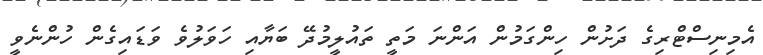
އެމިނިސްޓްރިގެ ދަށުން ހިންގަމުން އަންނަ މަތީ ތައުލީމުދޭ ބަޔާއި ހަވަލުވެ ވަޑައިގެން ހުންނެވީ